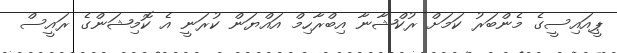
ޕީއައިސީގެ މެންބަރު ކަމަށް ރުކްޝާނާ އިބްރާހިމް އައްޔަން ކުރަނީ އެ ކޮމިޝަންގެ ރައީސް